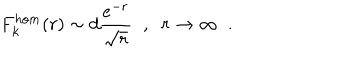
F _ { k } ^ { h o m } ( r ) \sim d \frac { e ^ { - r } } { \sqrt { r } } \; \; , \; \; r \rightarrow \infty \; \; .